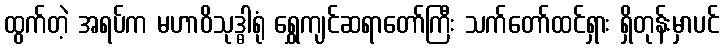
ထွက်တဲ့ အရပ်က မဟာဝိသုဒ္ဓါရုံ ရွှေကျင်ဆရာတော်ကြီး သက်တော်ထင်ရှား ရှိတုန်းမှာပင်